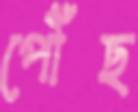
পৌঁছ